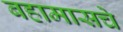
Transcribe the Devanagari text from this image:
बहामासचे